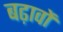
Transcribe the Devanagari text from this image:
बढ़ावों